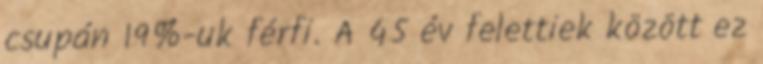
csupán 19%-uk férfi. A 45 év felettiek között ez